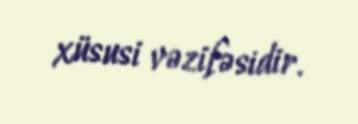
xüsusi vəzifəsidir.